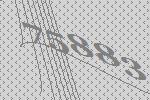
75883